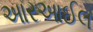
આરઆઈલ